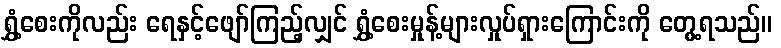
ရွှံ့စေးကိုလည်း ရေနှင့်ဖျော်ကြည့်လျှင် ရွှံ့စေးမှုန့်များလှုပ်ရှားကြောင်းကို တွေ့ရသည်။